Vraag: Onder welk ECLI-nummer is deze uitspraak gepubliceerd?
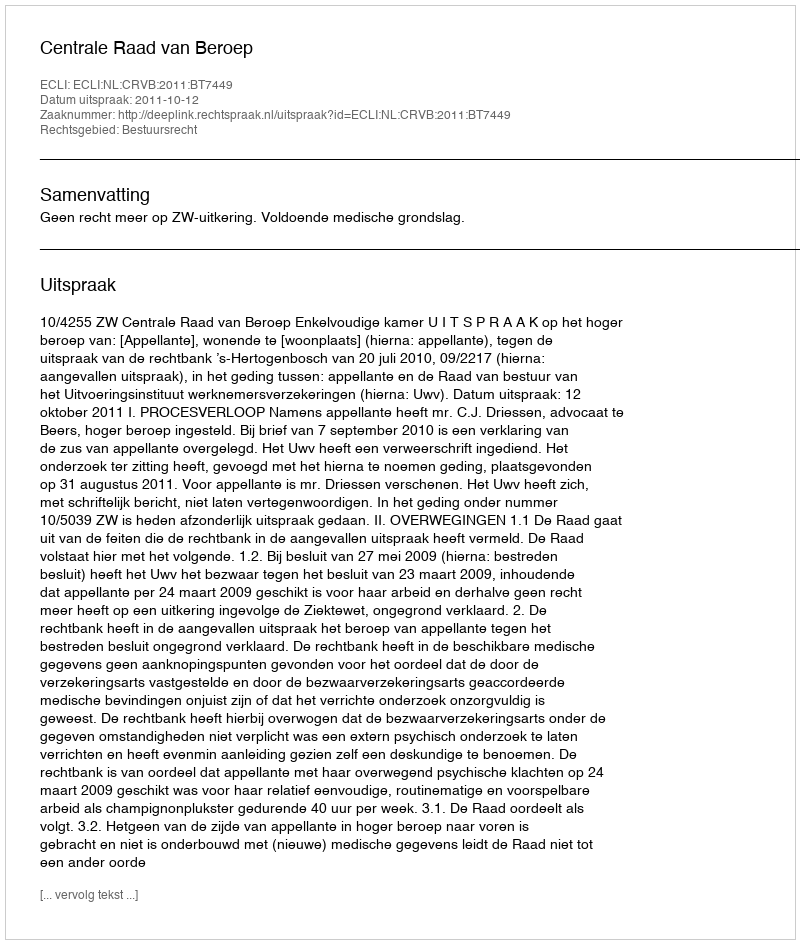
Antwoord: ECLI:NL:CRVB:2011:BT7449